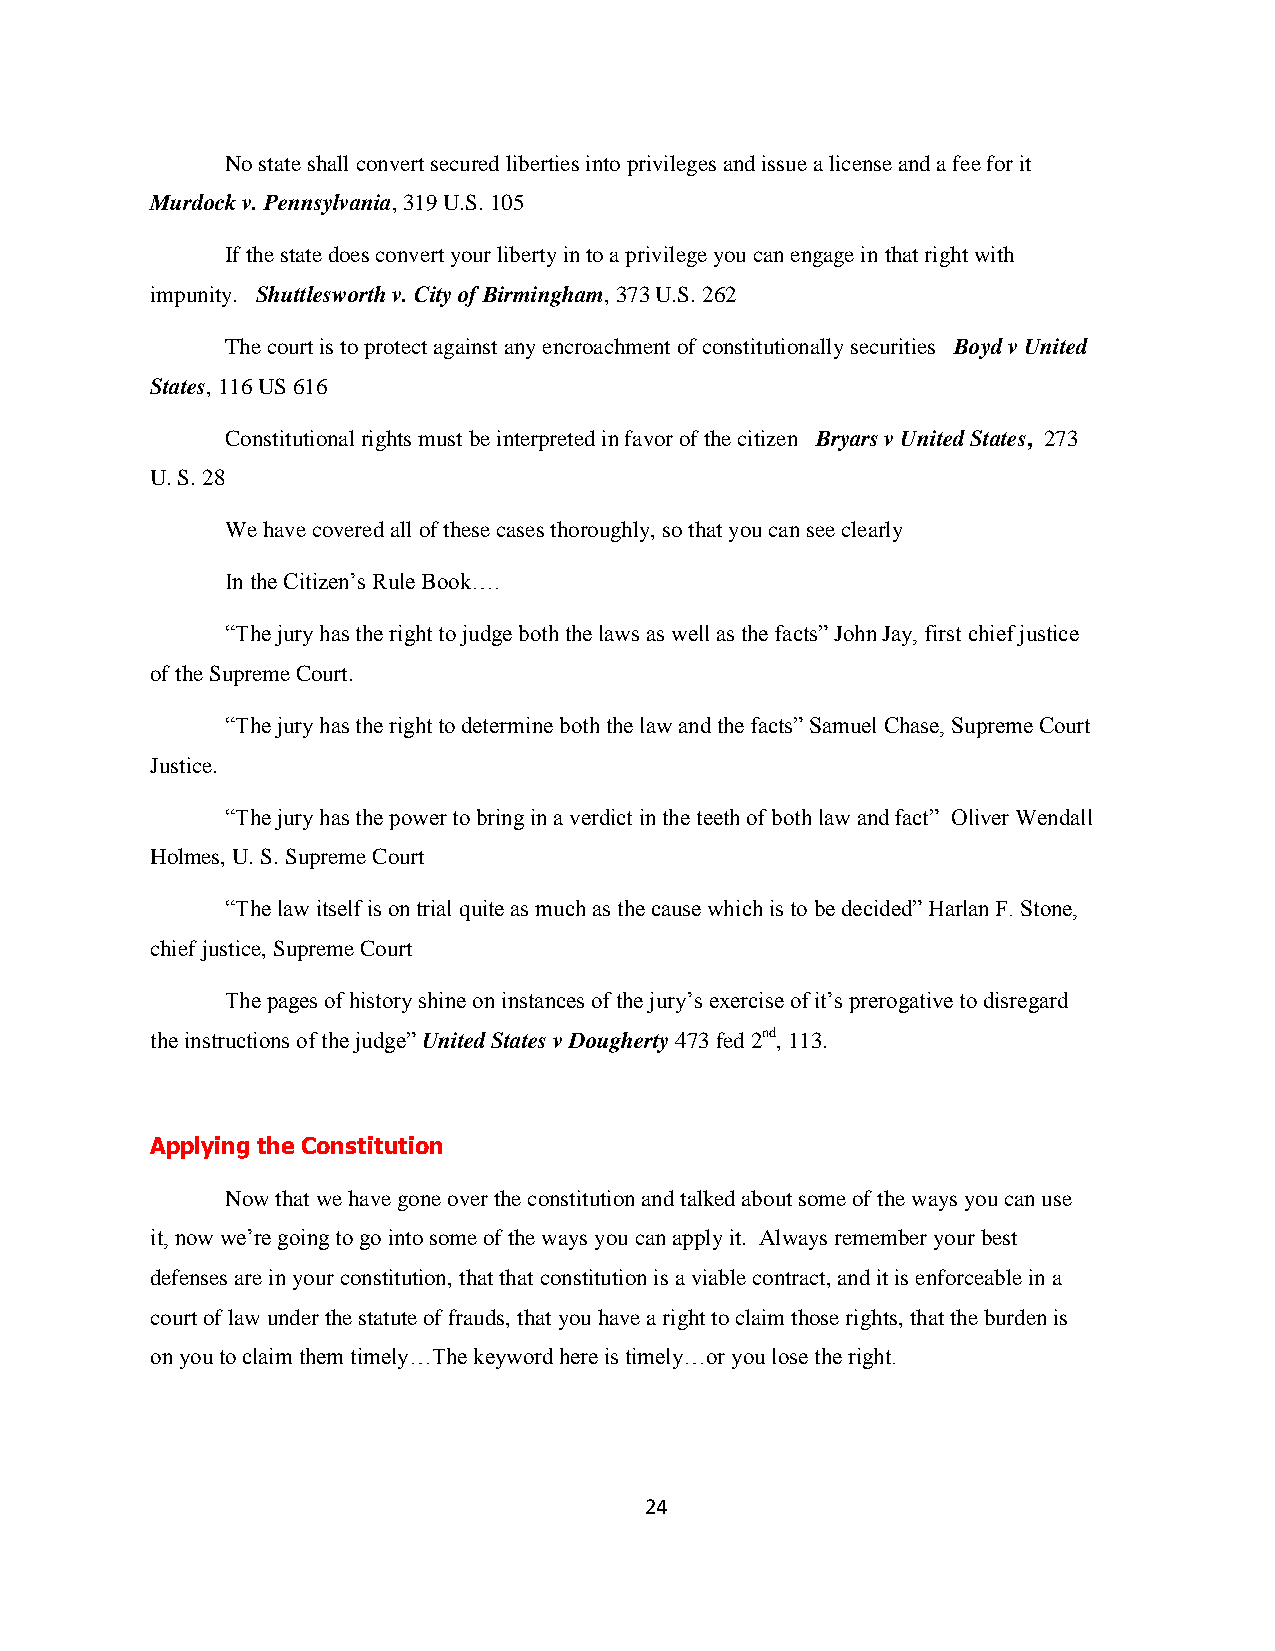
No state shall convert secured liberties into privileges and issue a license and a fee for it
 Murdock v. Pennsylvania, 319 U.S. 105
 If the state does convert your liberty in to a privilege you can engage in that right with
 impunity. Shuttlesworth v. City of Birmingham, 373 U.S. 262
 The court is to protect against any encroachment of constitutionally securities Boyd v United
 States, 116 US 616
 Constitutional rights must be interpreted in favor of the citizen Bryars v United States, 273
 U. S. 28
 We have covered all of these cases thoroughly, so that you can see clearly
 In the Citizen‟s Rule Book….
 “The jury has the right to judge both the laws as well as the facts” John Jay, first chief justice
 of the Supreme Court.
 “The jury has the right to determine both the law and the facts” Samuel Chase, Supreme Court
 Justice.
 “The jury has the power to bring in a verdict in the teeth of both law and fact” Oliver Wendall
 Holmes, U. S. Supreme Court
 “The law itself is on trial quite as much as the cause which is to be decided” Harlan F. Stone,
 chief justice, Supreme Court
 The pages of history shine on instances of the jury‟s exercise of it‟s prerogative to disregard
 the instructions of the judge” United States v Dougherty 473 fed 2nd, 113.
 Applying the Constitution
 Now that we have gone over the constitution and talked about some of the ways you can use
 it, now we‟re going to go into some of the ways you can apply it. Always remember your best
 defenses are in your constitution, that that constitution is a viable contract, and it is enforceable in a
 court of law under the statute of frauds, that you have a right to claim those rights, that the burden is
 on you to claim them timely…The keyword here is timely…or you lose the right.
 24